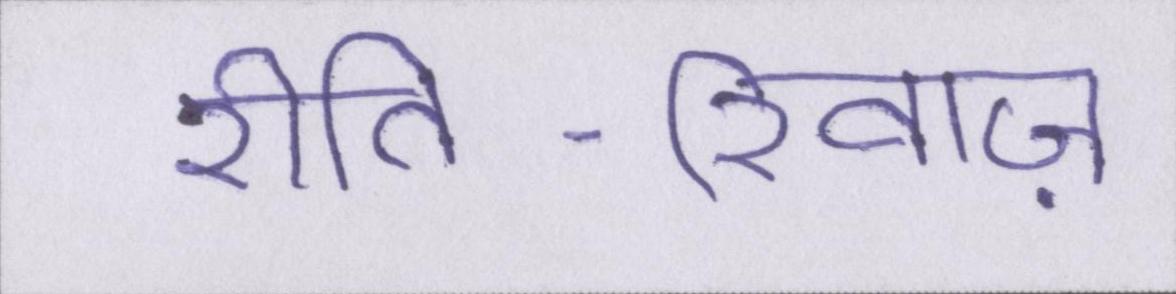
रीति-रिवाज़